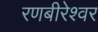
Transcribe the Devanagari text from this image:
रणबीरेश्वर